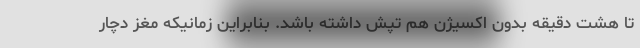
تا هشت دقیقه بدون اکسیژن هم تپش داشته باشد. بنابراین زمانیکه مغز دچار